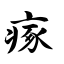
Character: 瘃